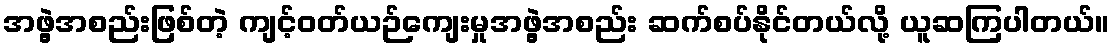
အဖွဲ့အစည်းဖြစ်တဲ့ ကျင့်ဝတ်ယဉ်ကျေးမှုအဖွဲ့အစည်း ဆက်စပ်နိုင်တယ်လို့ ယူဆကြပါတယ်။